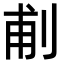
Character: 𠜙